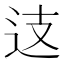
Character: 𨑤